Kassari_(Keina)_vallavalitsus, lk 74
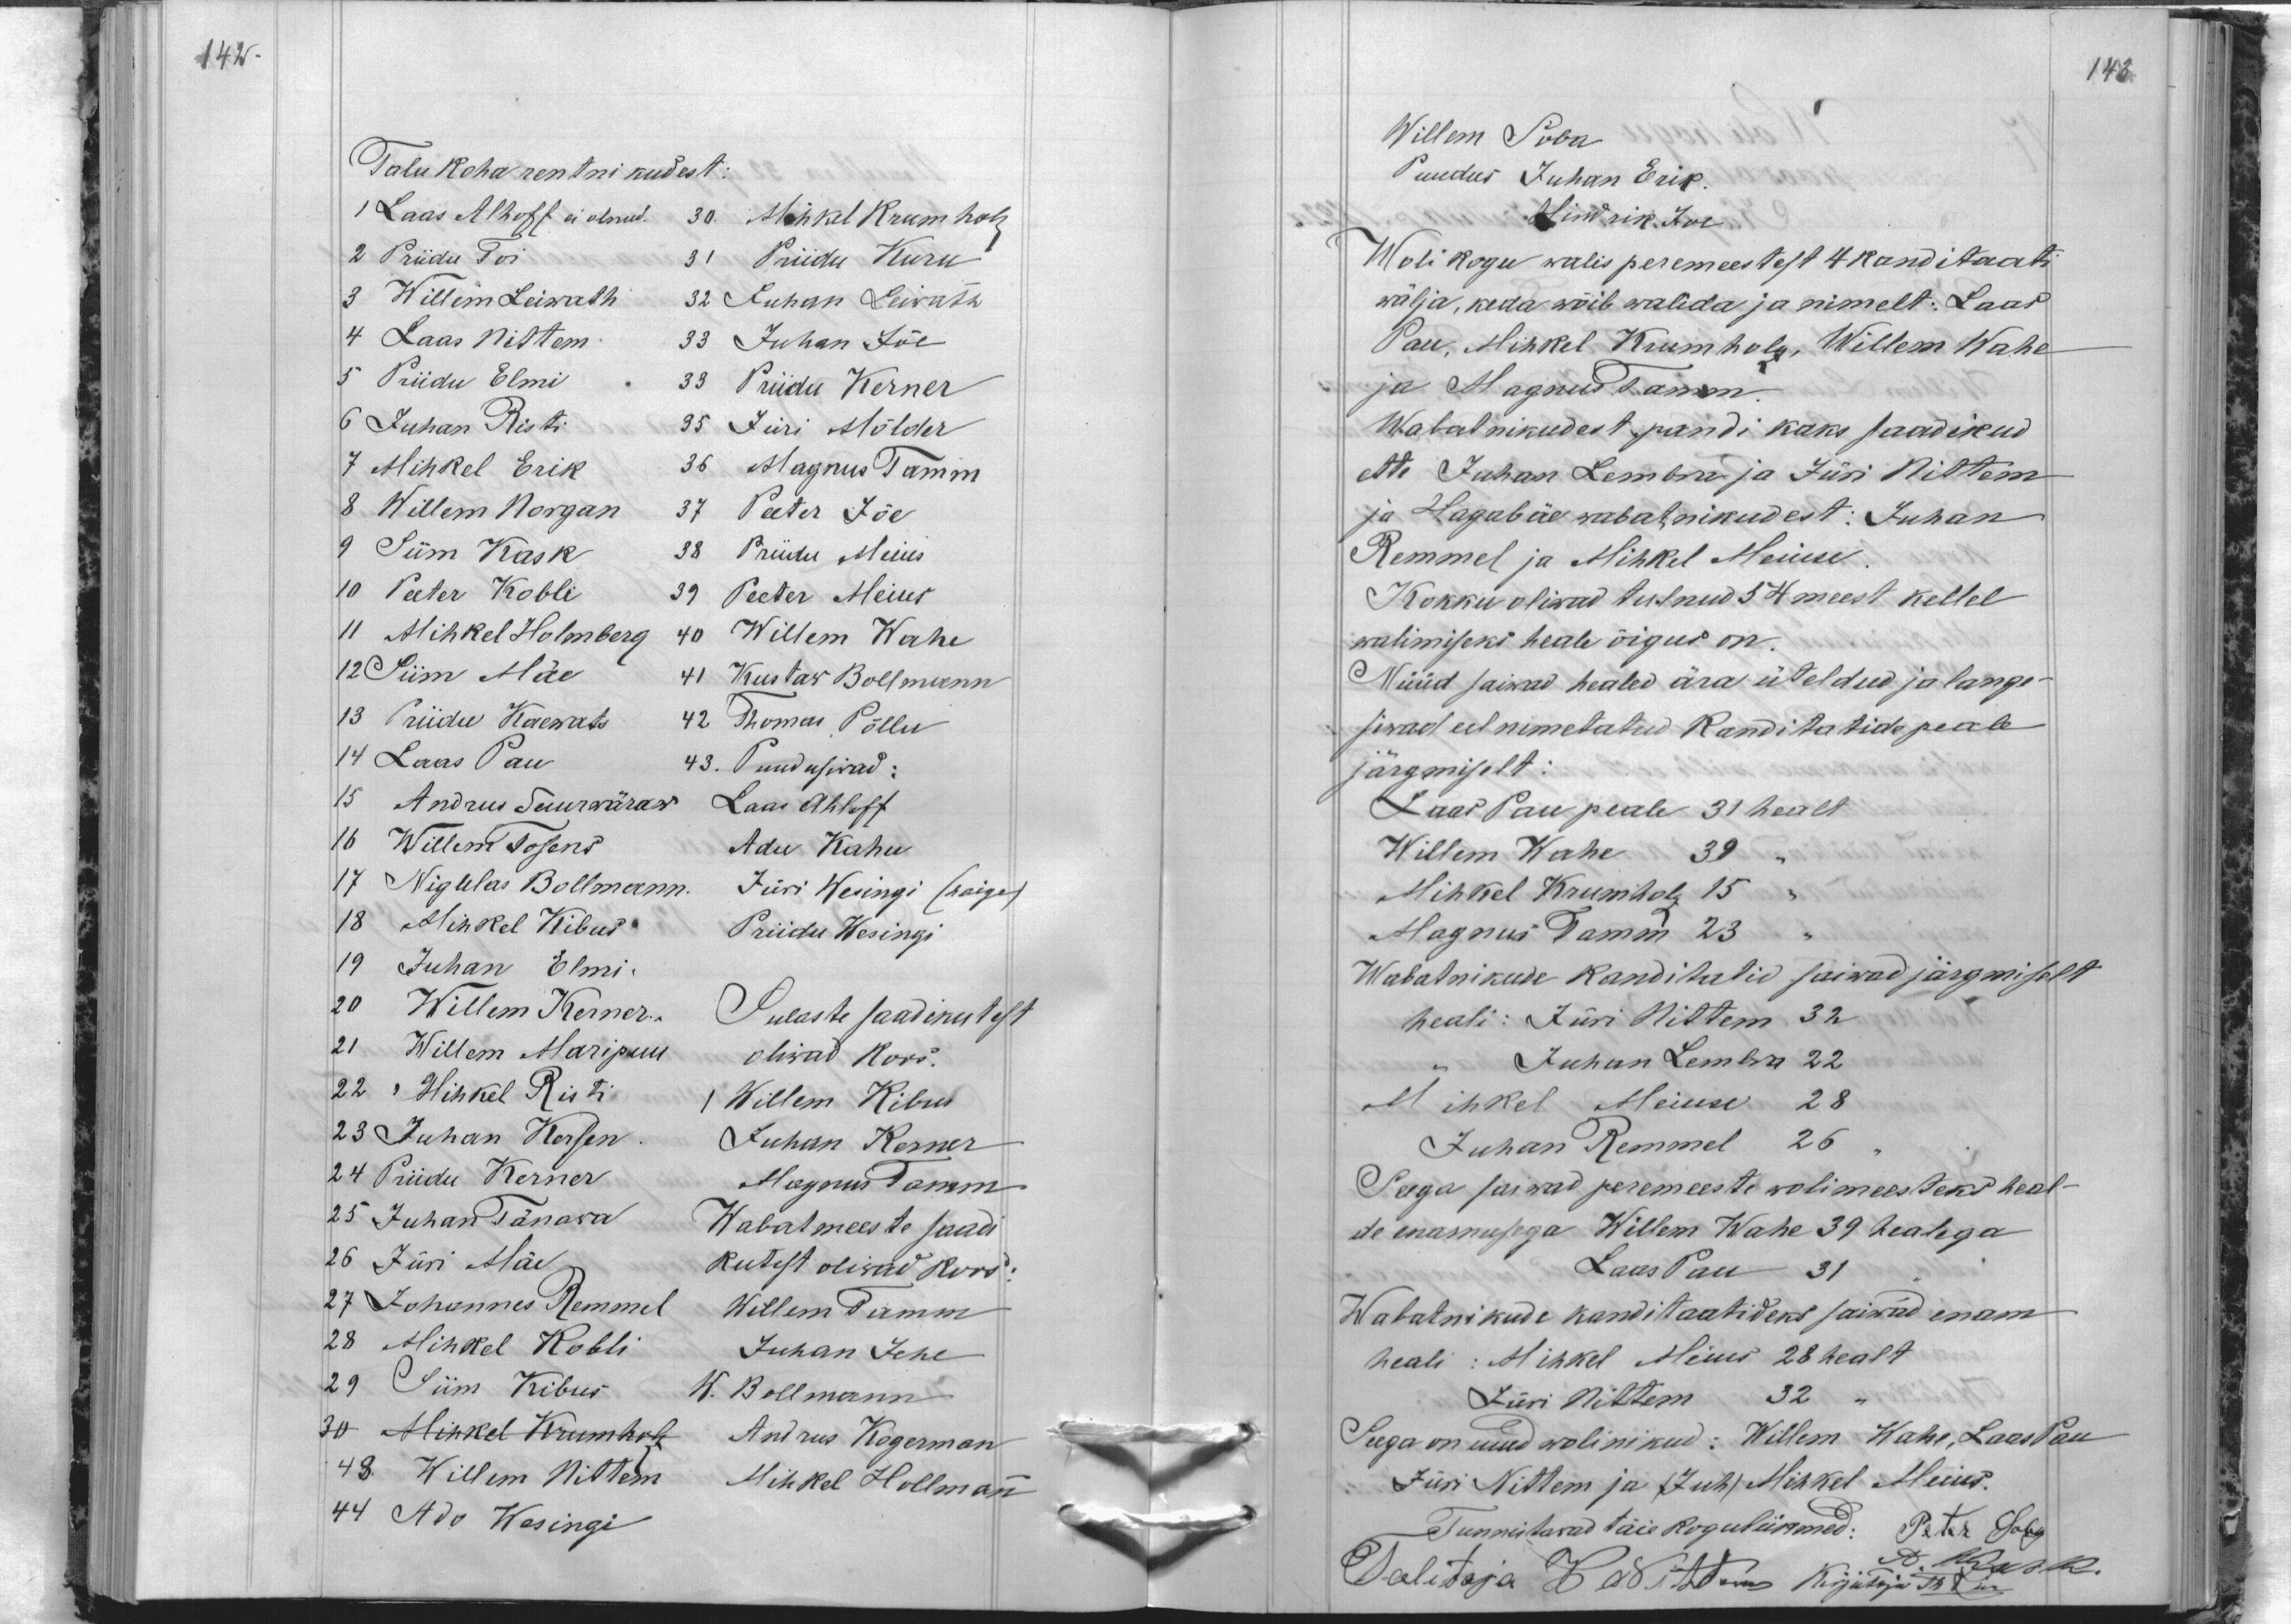
142.

Talu koha rentnikudest:
1 Laas Alhoff ei olnud. 30. Mihkel Krumholz
2 Priidu Toi 31 Priidi Kuru
3 Willem Leiwath 32 Juhan Leiwath
4 Laas Nittem 33 Juhan Jõe
5 Priidu Elmi. 33 Priidu Kerner
6 Juhan Risti
35 Jüri Mölder
7 Mihkel Erik
36 Magnus Tamm
8 Willem Norgan
37 Peeter Jõe
9 Siim Kask
38 Priidu Meius
10 Peeter Kobli
39 Peeter Meius
11 Mihkel Holmberg
40 Willem Wahe
12 Siim Mäe
41 Kustaw Bollmann
13 Priidu Kaewats 42 Thomas Põllu
14 Laas Pau 43. Puudusivad:
15 Andru Suurwäraw Laas Ahloff
16 Willem Tosens Adu Kahu
17 Nigulas Bollmann Jüri Wesingi (haige)
18 Mihkel Kibus Priidu Wesingi
19 Juhan Elmi.
20 Willem Kerner.
Sulaste saadikutest
21 Willem Maripuu
oliwad Koos.
22 Mihkel Risti
1 Willem Kibus
23 Juhan Kersen
Juhan Kerner
24 Priidu Kerner
Magnus Tamm
25 Juhan Tänawa
Wabatmeeste saadi
26 Jüri Mäe
kutest oliwad koos:
27 Johannes Remmel Willem Tamm
28 Mihkel Kobli Juhan Jehe
29 Siim Kibus W. Bollmann
30 Mihkel Krumholz Andrus Kogerman
48. Willem Nittem Mihkel Hollmann
44 Ado Wesingi

143
Willem Soba
Puudus Juhan Erik.
Hindrik Joe
Wolikogu walis peremeestest 4 kanditaati
wälja, keda wõib walida ja nimelt: Laas
Pau, Mihkel Kumholz, Willem Wahe
ja Magnus Tamm
Wabatnikudest pandi kaks saadikud
ette Juhan Lembra ja Jüri Nittem
ja Hagabäe wabatnikudest: Juhan
Remmel ja Mihkel Meiuse
Kokku oliwad tulnud 54 meest kellel
walimiseks heale õigus on.
Nüüd saiwad healed ära üteldud ja lange-
siwad eel nimetatud kanditatide peale
järgmiselt:
Laas Pau peale 31 healt
Willem Wahe 39
Mihkel Krumholz 15
Magnus Tamm 23
Wabatnikude kanditatid saiwad järgmiselt
heali: Jüri Nittem 32
Juhan Lembra 22
Mihkel Meiuse 28
Juhan Remmel 26
Seega saiwad peremeeste wolimeesteks heal-
de enamusega Willem Wahe 39 healega
Laas Pau 31
Wabatnikude kanditaatideks saiwad enam
heali: Mihkel Meius 28 healt
Jüri Nittem 32
Sega on uued wolinikud: Willem Wahe, Laas Pau
Jüri Nittem ja (Juh) Mihkel Meius.
Tunnistawad täie koguliikmed: Peter Soba
Talitaja W Nittim kirjutaja Th Piik
A. Kesk.